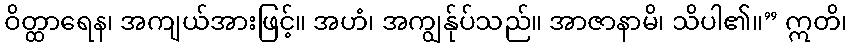
ဝိတ္ထာရေန၊ အကျယ်အားဖြင့်။ အဟံ၊ အကျွန်ုပ်သည်။ အာဇာနာမိ၊ သိပါ၏။” ဣတိ၊